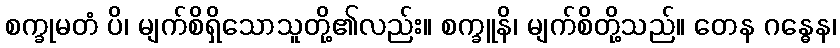
စက္ခုမတံ ပိ၊ မျက်စိရှိသောသူတို့၏လည်း။ စက္ခူနိ၊ မျက်စိတို့သည်။ တေန ဂန္ဓေန၊